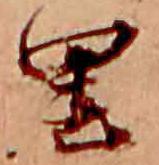
里